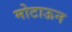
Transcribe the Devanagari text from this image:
मोटाऊन